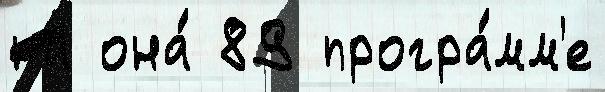
на она́ 89 програ́мм'е